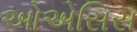
ઓએસિસ